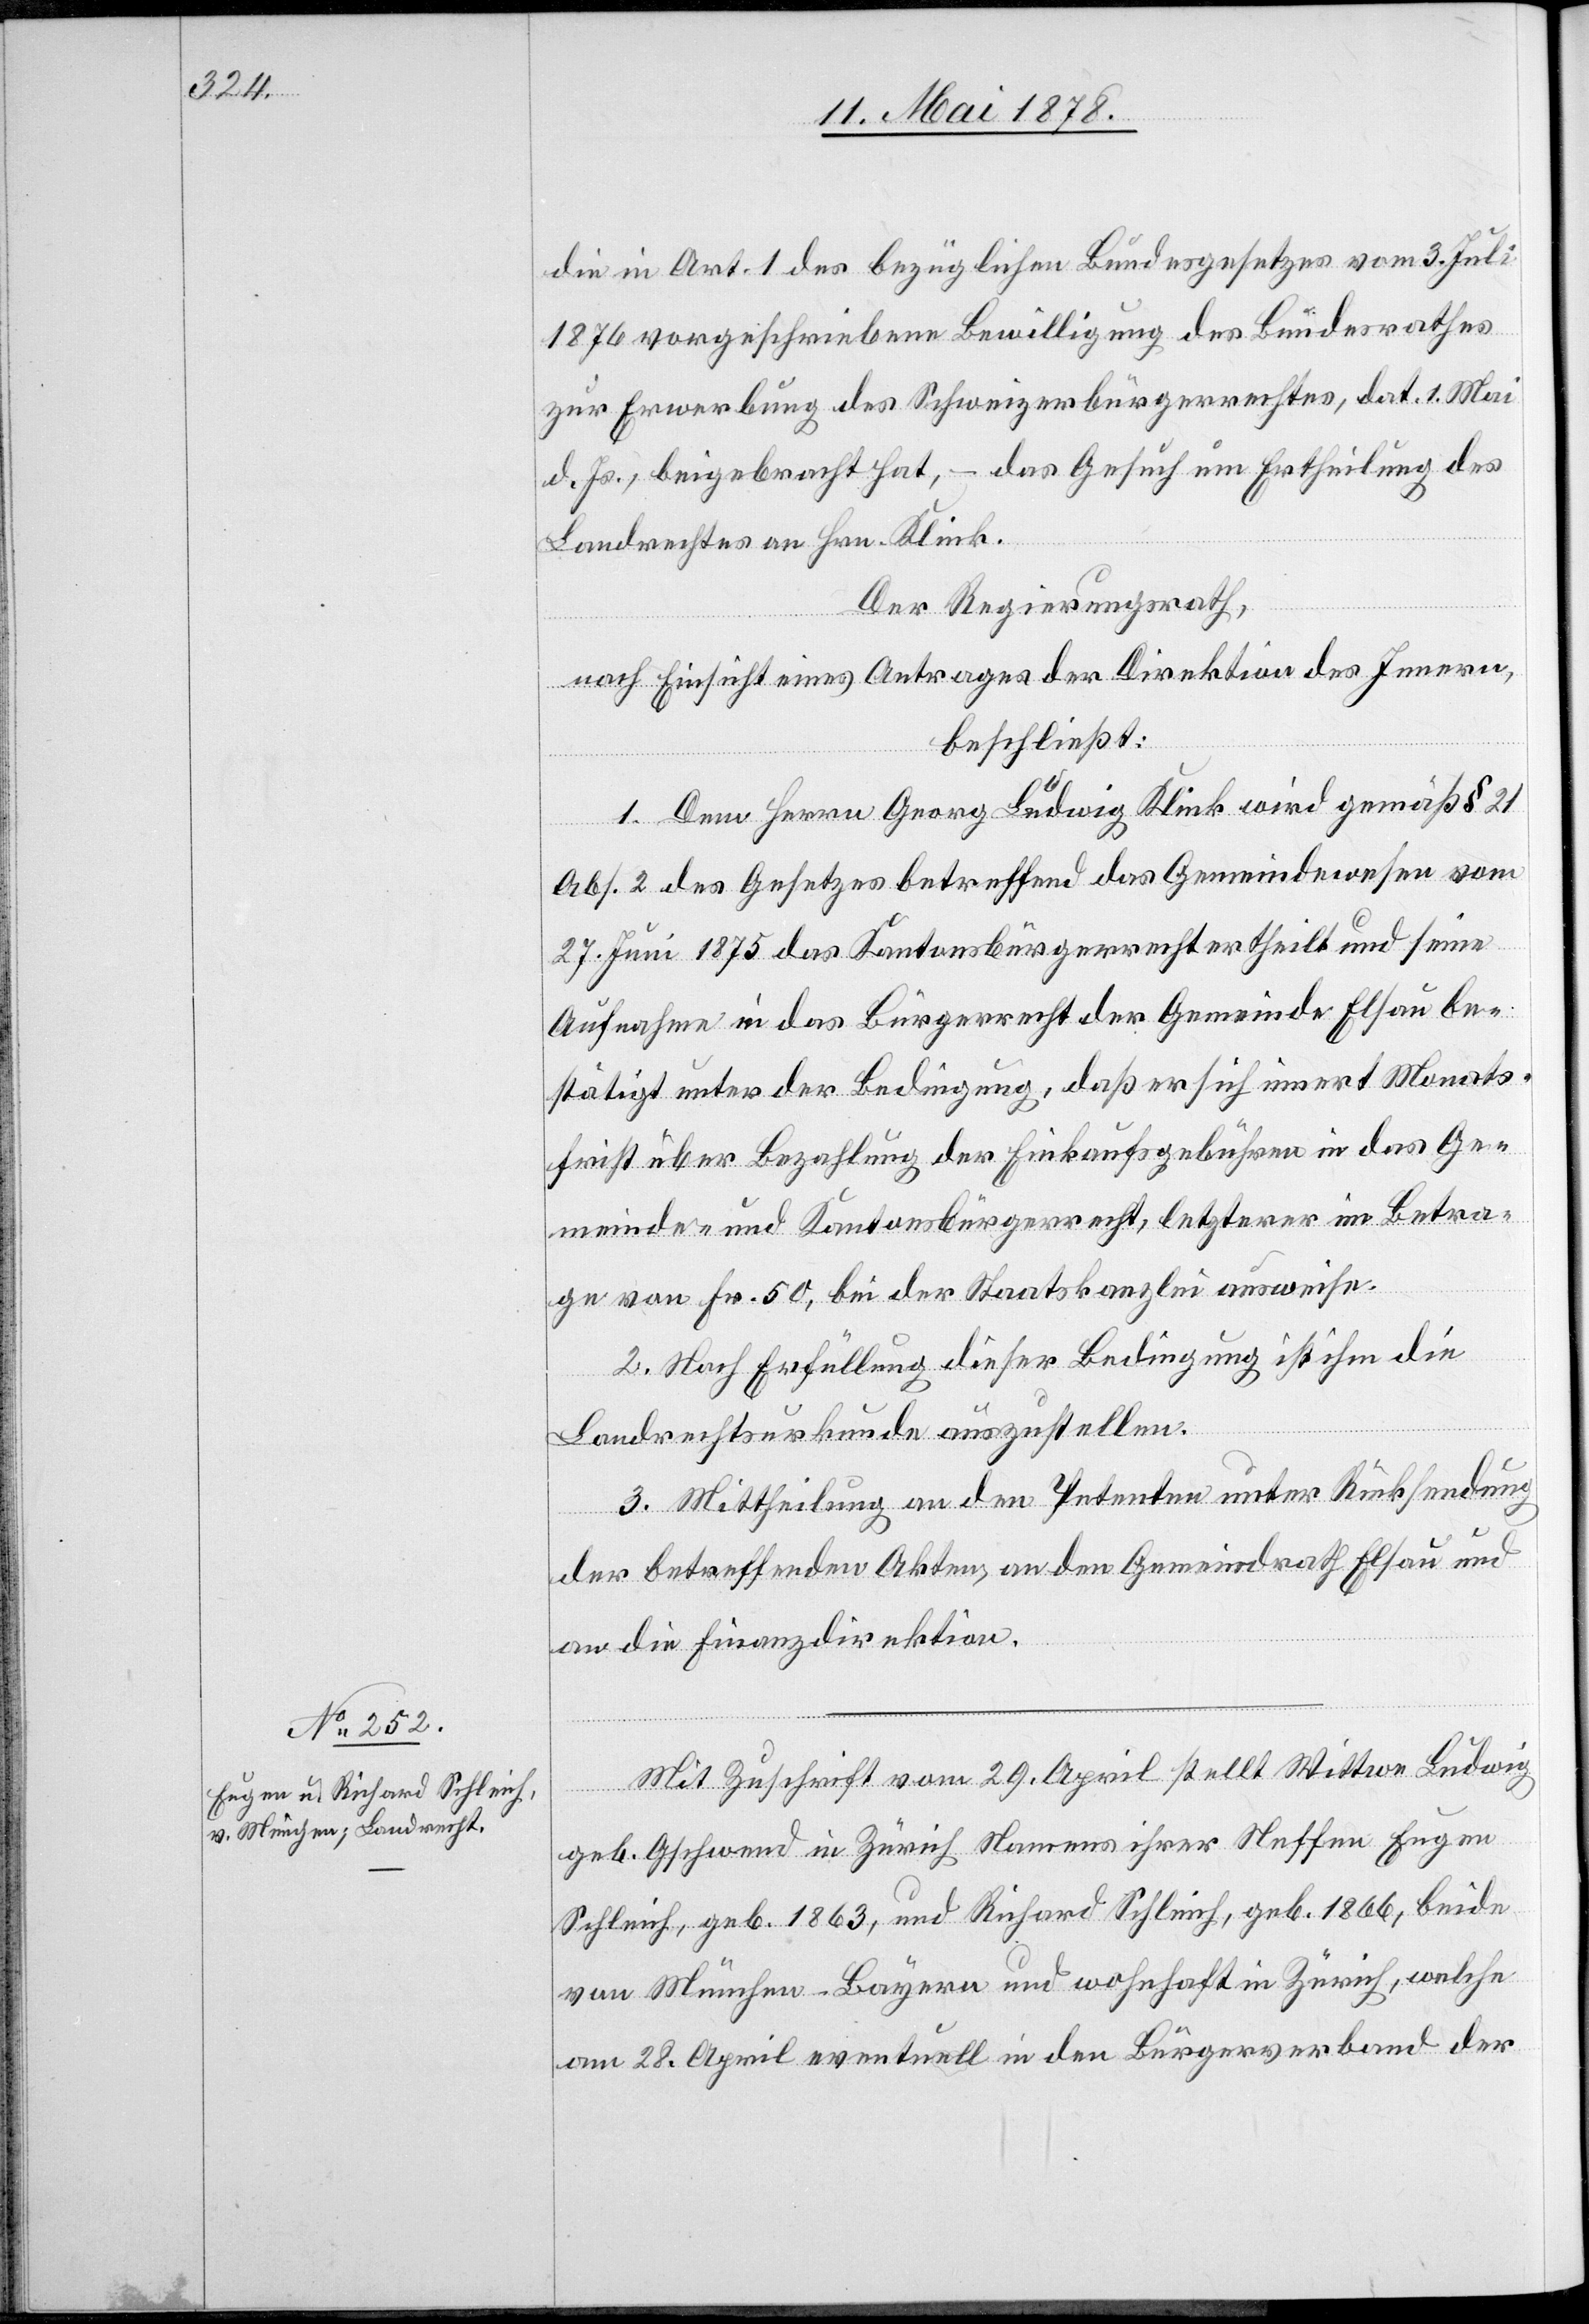
die in Art. 1 des bezüglichen Bundesgesetzes vom 3. Juli
1876 vorgeschriebene Bewilligung des Bundesrathes
zur Erwerbung des Schweizerbürgerrechtes, dat. 1. Mai
d. Js., beigebracht hat, – das Gesuch um Ertheilung des
Landrechtes an Hrn. Klink.
Der Regierungsrath,
nach Einsicht eines Antrages der Direktion des Innern,
beschließt:
1. Dem Herrn Georg Ludwig Klink wird gemäß § 21
Abs. 2 des Gesetzes betreffend das Gemeindewesen vom
27. Juni 1875 das Kantonsbürgerrecht ertheilt und seine
Aufnahme in das Bürgerrecht der Gemeinde Elsau be¬
stätigt unter der Bedingung, daß er sich innert Monats¬
frist über Bezahlung der Einkaufsgebühren in das Ge¬
meinde- und Kantonsbürgerrecht, letzterer im Betra¬
ge von Fr. 50, bei der Staatskanzlei ausweise.
2. Nach Erfüllung dieser Bedingung ist ihm die
Landrechtsurkunde auszustellen.
3. Mittheilung an den Petenten unter Rücksendung
der betreffenden Akten, an den Gemeindrath Elsau und
an die Finanzdirektion.
Mit Zuschrift vom 29. April stellt Wittwe Ludwig
geb. Gschwend in Zürich Namens ihrer Neffen Eugen
Schleich, geb. 1863, und Richard Schleich, geb. 1866, beide
von München - Bayern und wohnhaft in Zürich, welche
am 28. April eventuell in den Bürgerverband der